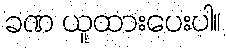
ခဏ ယူထားပေးပါ။